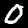
Digit: 0